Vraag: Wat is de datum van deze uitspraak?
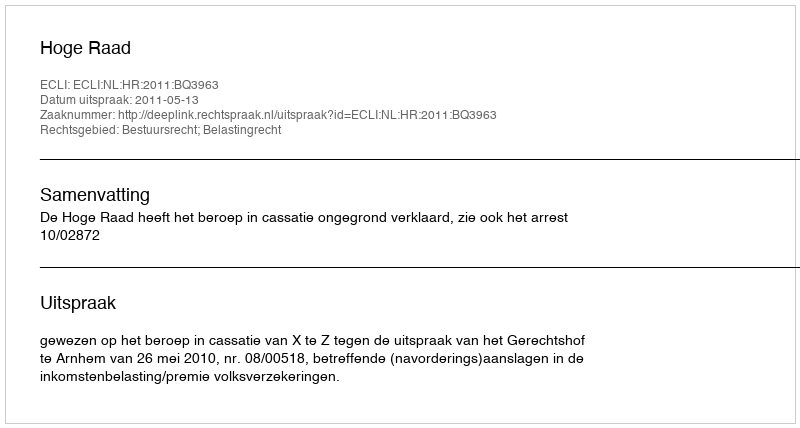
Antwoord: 2011-05-13